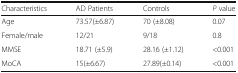
<table><thead><tr><td><b>Characteristics</b></td><td><b>AD Patients</b></td><td><b>Controls</b></td><td><b><i>P</i> value</b></td></tr></thead><tbody><tr><td>Age</td><td>73.57(±6.87)</td><td>70 (±8.08)</td><td>0.07</td></tr><tr><td>Female/male</td><td>12/21</td><td>9/18</td><td>0.8</td></tr><tr><td>MMSE</td><td>18.71 (±5.9)</td><td>28.16 (±1.12)</td><td>&lt;0.001</td></tr><tr><td>MoCA</td><td>15(±6.67)</td><td>27.89(±0.14)</td><td>&lt;0.001</td></tr></tbody></table>